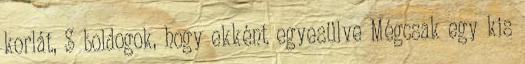
korlát, S boldogok, hogy ekként egyesülve Mégcsak egy kis